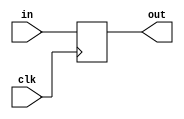
`timescale 1ns / 1ps
//////////////////////////////////////////////////////////////////////////////////
// Company: 
// Engineer: 
// 
// Design Name: 
// Module Name: FF
// Project Name: 
// Target Devices: 
// Tool Versions: 
// Description: 
// 
// Dependencies: 
// 
// Revision:
// Revision 0.01 - File Created
// Additional Comments:
// 
//////////////////////////////////////////////////////////////////////////////////


module FF(
    input [31:0] in,
    input clk,
    output reg [31:0] out
    );
    
    always @(posedge clk) begin
        out <= in;
    end
endmodule